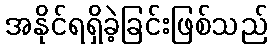
အနိုင်ရရှိခဲ့ခြင်းဖြစ်သည်